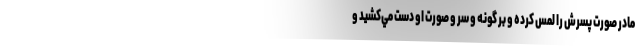
مادر صورت پسرش را لمس کرده و بر گونه و سر و صورت او دست مي‌کشيد و